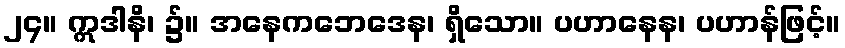
၂၄။ ဣဒါနိ၊ ၌။ အနေကဘေဒေန၊ ရှိသော။ ပဟာနေန၊ ပဟာန်ဖြင့်။